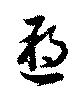
遡